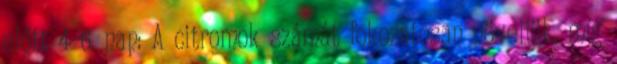
előtt 4-6. nap: A citromok számát fokozatosan növeljük, míg